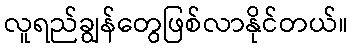
လူရည်ချွန်တွေဖြစ်လာနိုင်တယ်။